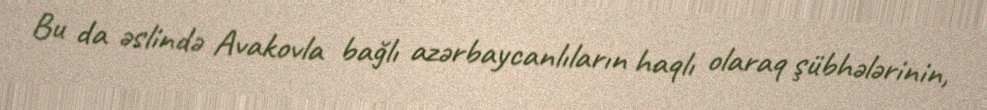
Bu da əslində Avakovla bağlı azərbaycanlıların haqlı olaraq şübhələrinin,